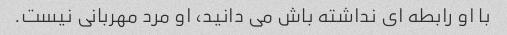
با او رابطه ای نداشته باش می دانید، او مرد مهربانی نیست.